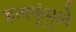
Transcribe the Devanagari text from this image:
हायकूंमुळे